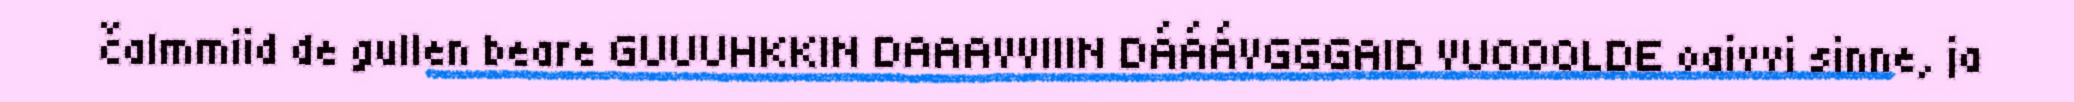
čalmmiid de gullen beare GUUUHKKIN DAAAVVIIIN DÁÁÁVGGGAID VUOOOLDE oaivvi sinne, ja